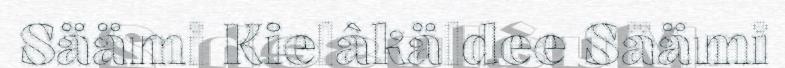
Säämi Kielâkäldee Säämi